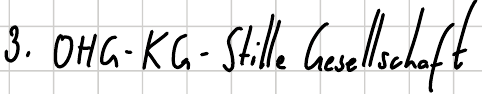
3. OHG-KG-Stille Gesellschaft